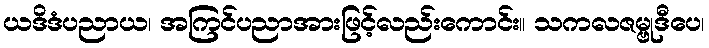
ယဒိဒံပညာယ၊ အကြင်ပညာအားဖြင့်လည်းကောင်း။ သကလဇမ္ဗုဒီပေ၊